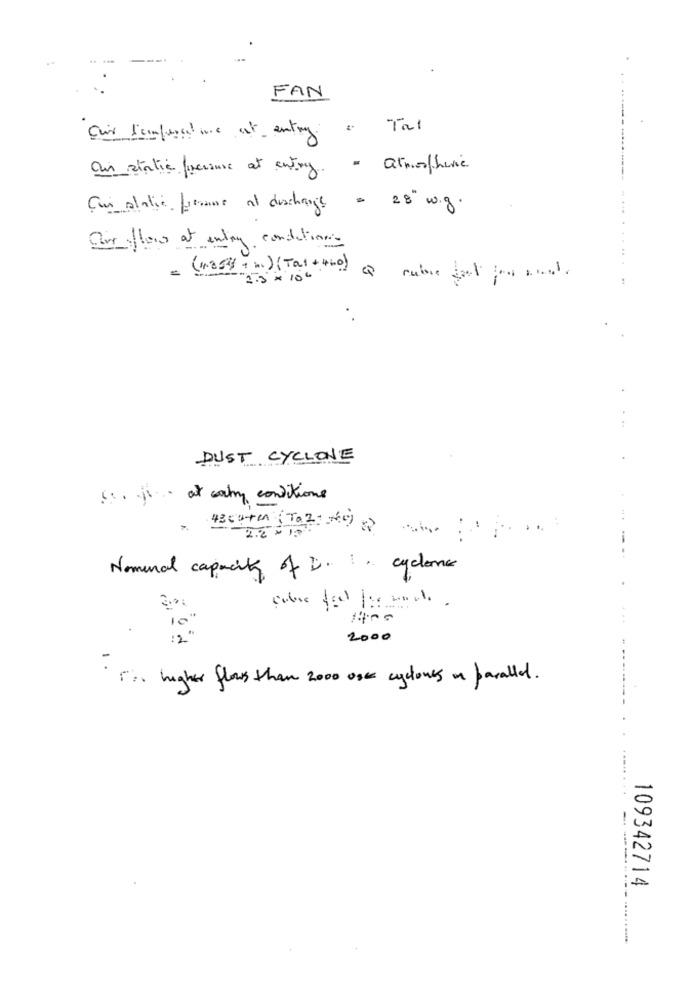
FAN
Tal
Cuir l'imperatore at entry
au static facesure at entry.
atmospheric
Cui alatie L'esame at discharge
- 28. w.g.
air flow at entry conditions
=(1803 ,.. ) (Tal +460)
..
"2.5"x 10" .
DUST CYCLONE
(s. fiat cathy conditions
43cuten (To2:0)
-
Nominal capacity of D. :. cyclone
10 "
14.00
2000
· Is higher flows than 2000 ook cyclones on parallel.
109342714